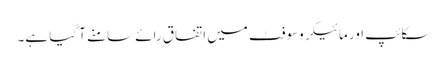
سکائپ اور مائیکروسوفٹ میں اتفاق رائے سامنے آ گیا ہے۔